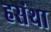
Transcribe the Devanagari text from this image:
हसंथा